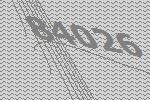
84026